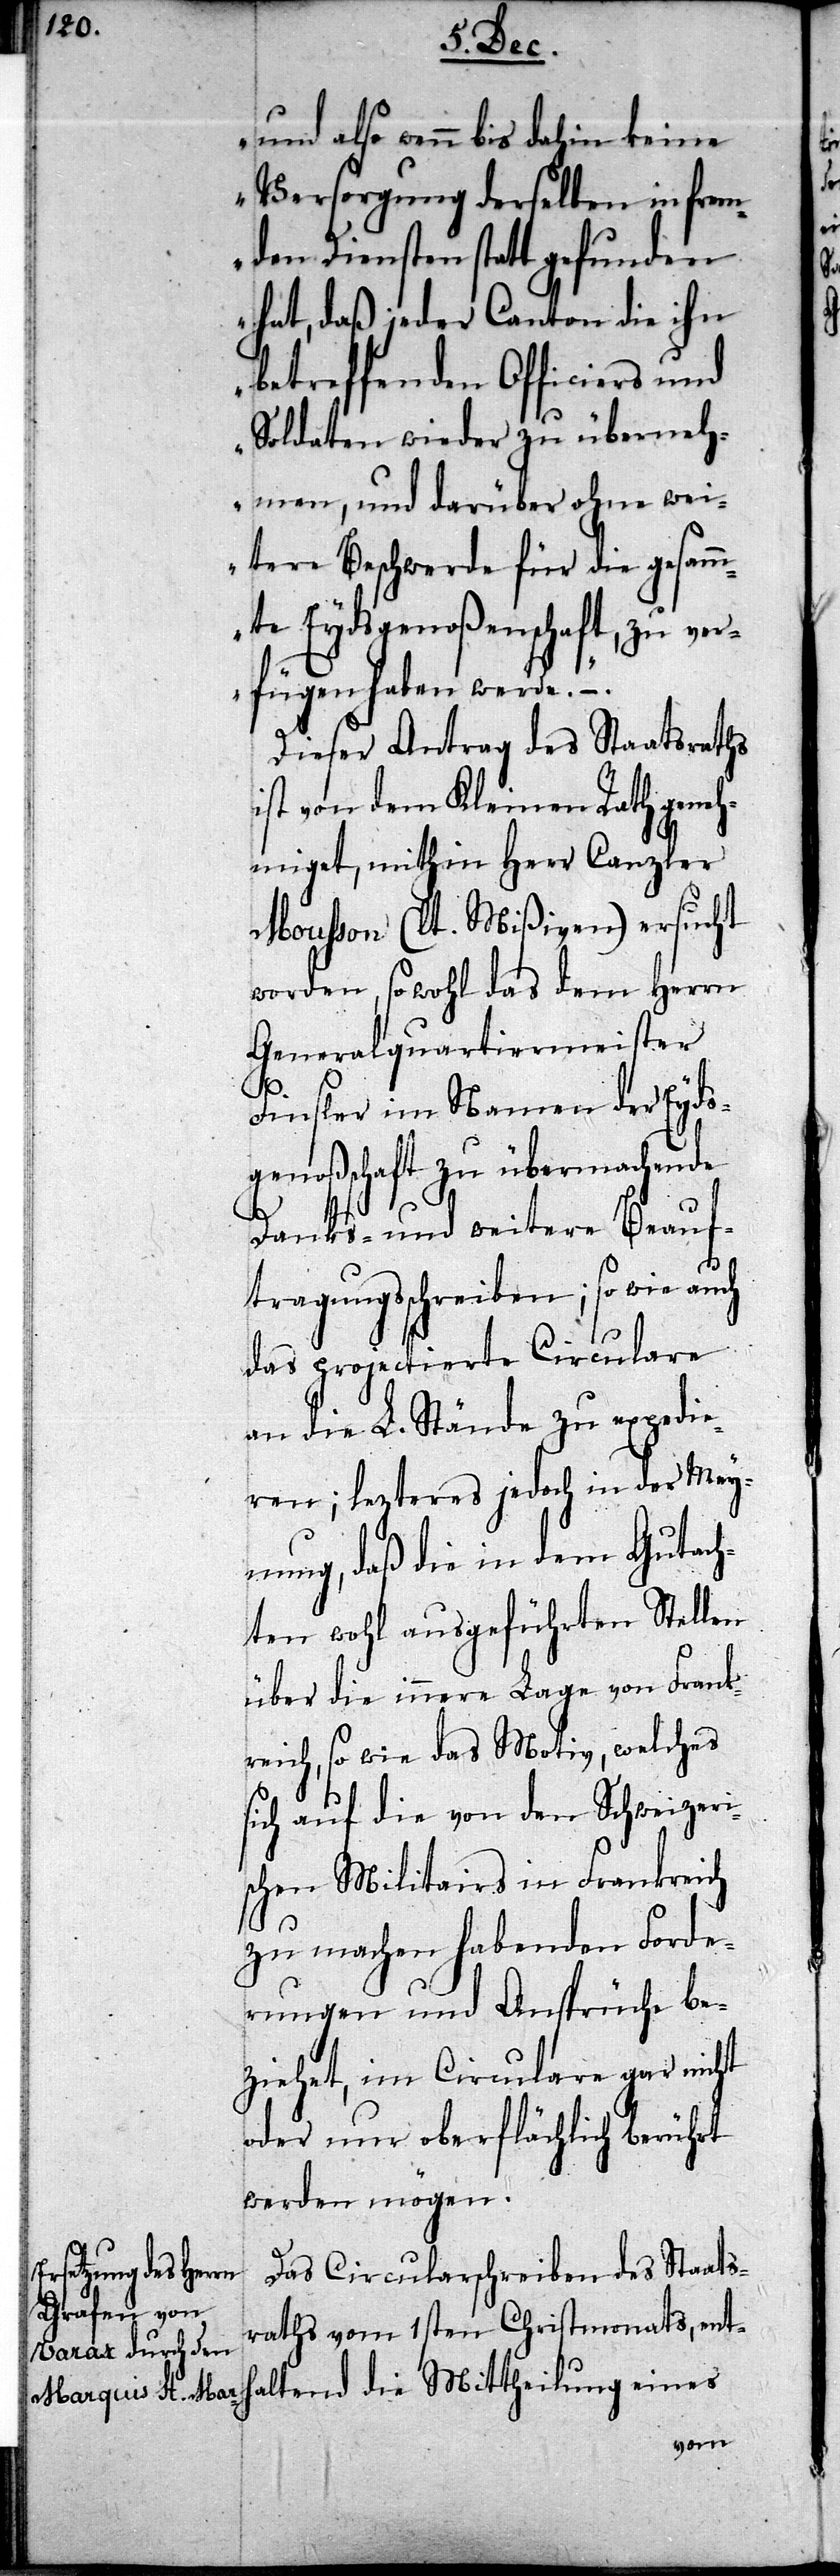
eines
und also wenn bis dahin keine
Versorgung derselben in frem¬
den Diensten statt gefunden
hat, daß jeder Canton die ihn
betreffenden Officiers und
Soldaten wieder zu überneh¬
men, und darüber ohne wei¬
tere Beschwerde für die gesamm¬
te Eydsgenoßenschaft, zu ver¬
fügen haben werde. –.“
Dieser Antrag des Staatsraths
ist von dem Kleinen Rath geneh¬
miget, mithin Herr Canzler
Mousson (lt. Mißiven) ersucht
worden, sowohl das dem Herrn
Generalquartiermeister
Finsler im Namen der Eyds¬
genoßenschaft zu übermachende
Danks- und weitere Beauf¬
tragungsschreiben; so wie auch
das projectierte Circulare
an die L. Stände zu expedie¬
ren; letzteres jedoch in der Mey¬
nung, daß die in dem Gutach¬
ten wohl ausgeführten Stellen
über die innere Lage von Frank¬
reich, so wie das Motiv, welches
sich auf die von den Schweizeri¬
schen Militairs in Frankreich
zu machen habenden Forde¬
rungen und Ansprüche be¬
ziehet, im Circulare gar nicht
oder nur oberflächlich berührt
werden mögen.
Das Circularschreiben des Staats¬
raths vom 1sten Christmonats, ent¬